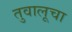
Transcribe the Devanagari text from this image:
तुवालूचा